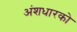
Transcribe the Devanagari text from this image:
अंशधारको